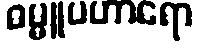
ဓမ္မူပဟာရော